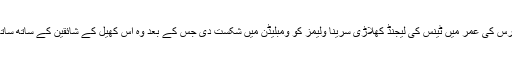
انہوں نے 2004میں صرف 17 برس کی عمر میں ٹینس کی لیجنڈ کھلاڑی سرینا ولیمز کو ومبلیڈن میں شکست دی جس کے بعد وہ اس کھیل کے شائقین کے ساتھ ساتھ دنیا کی نگاہوں کا مرکز بن گئیں۔